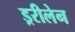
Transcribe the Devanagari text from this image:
ड्ररीलेन